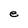
Character: e